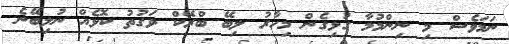
ނަމަވެސް މި ނިންމުމާ ގުޅިގެން މިހާރު ލިބޭ ބްރޭކް ވަގުތު ކޮޅެއް ނުލިބޭނެ